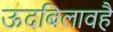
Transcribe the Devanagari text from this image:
ऊदबिलावहै